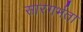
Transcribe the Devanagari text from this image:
सारगर्भता